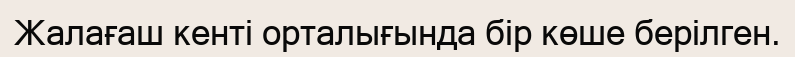
Жалағаш кенті орталығында бір көше берілген.